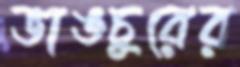
ভাঙচুরের